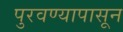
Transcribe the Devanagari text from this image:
पुरवण्यापासून